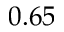
0 . 6 5